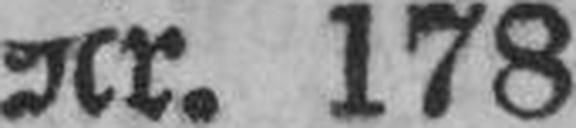
Nr. 178